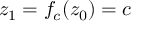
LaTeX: z _ { 1 } = f _ { c } ( z _ { 0 } ) = c